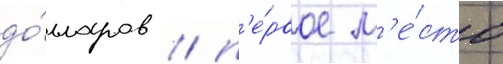
до́лларов / п'е́рвое м'е́сто